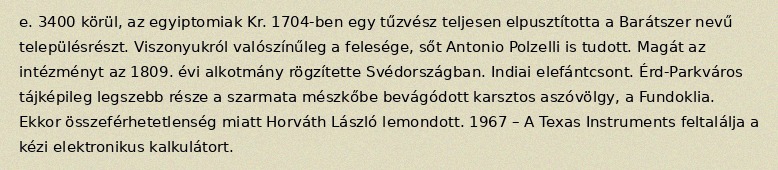
e. 3400 körül, az egyiptomiak Kr. 1704-ben egy tűzvész teljesen elpusztította a Barátszer nevű településrészt. Viszonyukról valószínűleg a felesége, sőt Antonio Polzelli is tudott. Magát az intézményt az 1809. évi alkotmány rögzítette Svédországban. Indiai elefántcsont. Érd-Parkváros tájképileg legszebb része a szarmata mészkőbe bevágódott karsztos aszóvölgy, a Fundoklia. Ekkor összeférhetetlenség miatt Horváth László lemondott. 1967 – A Texas Instruments feltalálja a kézi elektronikus kalkulátort.